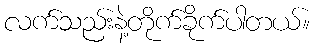
လက်သည်းနဲ့တိုက်ခိုက်ပါတယ်။